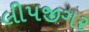
લીપજીગર